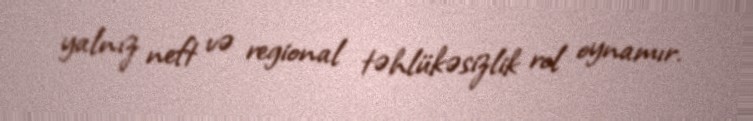
yalnız neft və regional təhlükəsizlik rol oynamır.